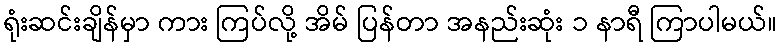
ရုံးဆင်းချိန်မှာ ကား ကြပ်လို့ အိမ် ပြန်တာ အနည်းဆုံး ၁ နာရီ ကြာပါမယ်။